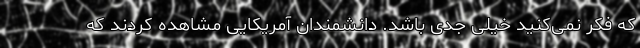
که فکر نمی‌کنید خیلی جدی باشد. دانشمندان آمریکایی مشاهده کردند که